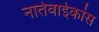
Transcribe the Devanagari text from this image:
नातेवाईकांस